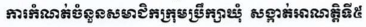
ការកំណត់ចំនួនសមាជិកក្រុមប្រឹក្សាឃុំ សង្កាត់អាណត្តិទី៥